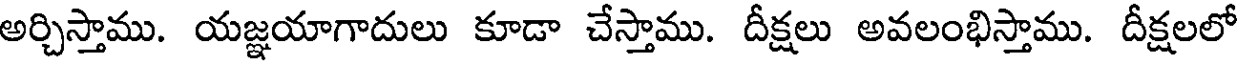
అర్చిస్తాము. యజ్ఞయాగాదులు కూడా చేస్తాము. దీక్షలు అవలంభిస్తాము. దీక్షలలో